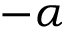
- \alpha